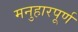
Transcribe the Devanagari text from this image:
मनुहारपूर्ण